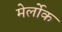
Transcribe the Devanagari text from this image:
मेर्लोक